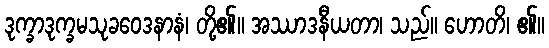
ဒုက္ခာဒုက္ခမသုခဝေဒနာနံ၊ တို့၏။ အဿာဒနီယတာ၊ သည်။ ဟောတိ၊ ၏။